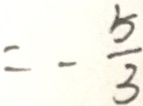
= - \frac { 5 } { 3 }